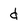
Character: d